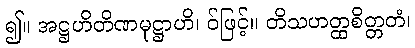
၍။ အဋ္ဌဟိတိဏမုဋ္ဌာဟိ၊ ဝ်ဖြင့်။ တိသဟတ္ထစိတ္တတံ၊